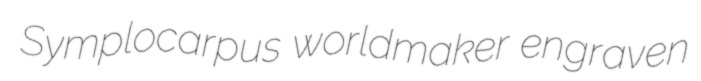
Symplocarpus worldmaker engraven